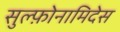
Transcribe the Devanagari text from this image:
सुल्फ़ोनामिदेस